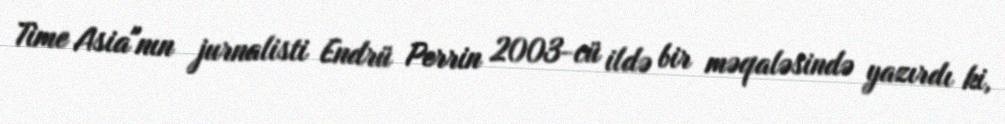
Time Asia"nın jurnalisti Endrü Perrin 2003-cü ildə bir məqaləsində yazırdı ki,